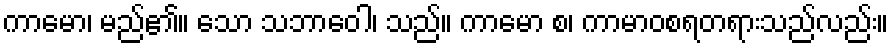
ကာမော၊ မည်၏။ သော သဘာဝေါ၊ သည်။ ကာမော စ၊ ကာမာဝစရတရားသည်လည်း။